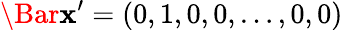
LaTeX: \Bar{\mathbf{x}}^{\prime}=(0,1,0,0,\dots,0,0)